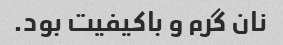
نان گرم و باکیفیت بود.